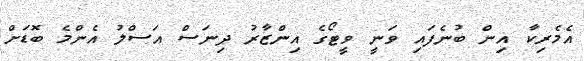
އެމެރިކާ އިން ބުނެފައި ވަނީ ވީޓޯގެ އިންޒާރު ދިނަސް އަސްލު އެންމެ ބޮޑަށް